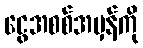
ငွေအစစ်အမှန်ကို